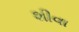
શીવા